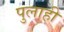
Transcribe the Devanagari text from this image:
पुलाही